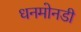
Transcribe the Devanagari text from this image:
धनमोनडी